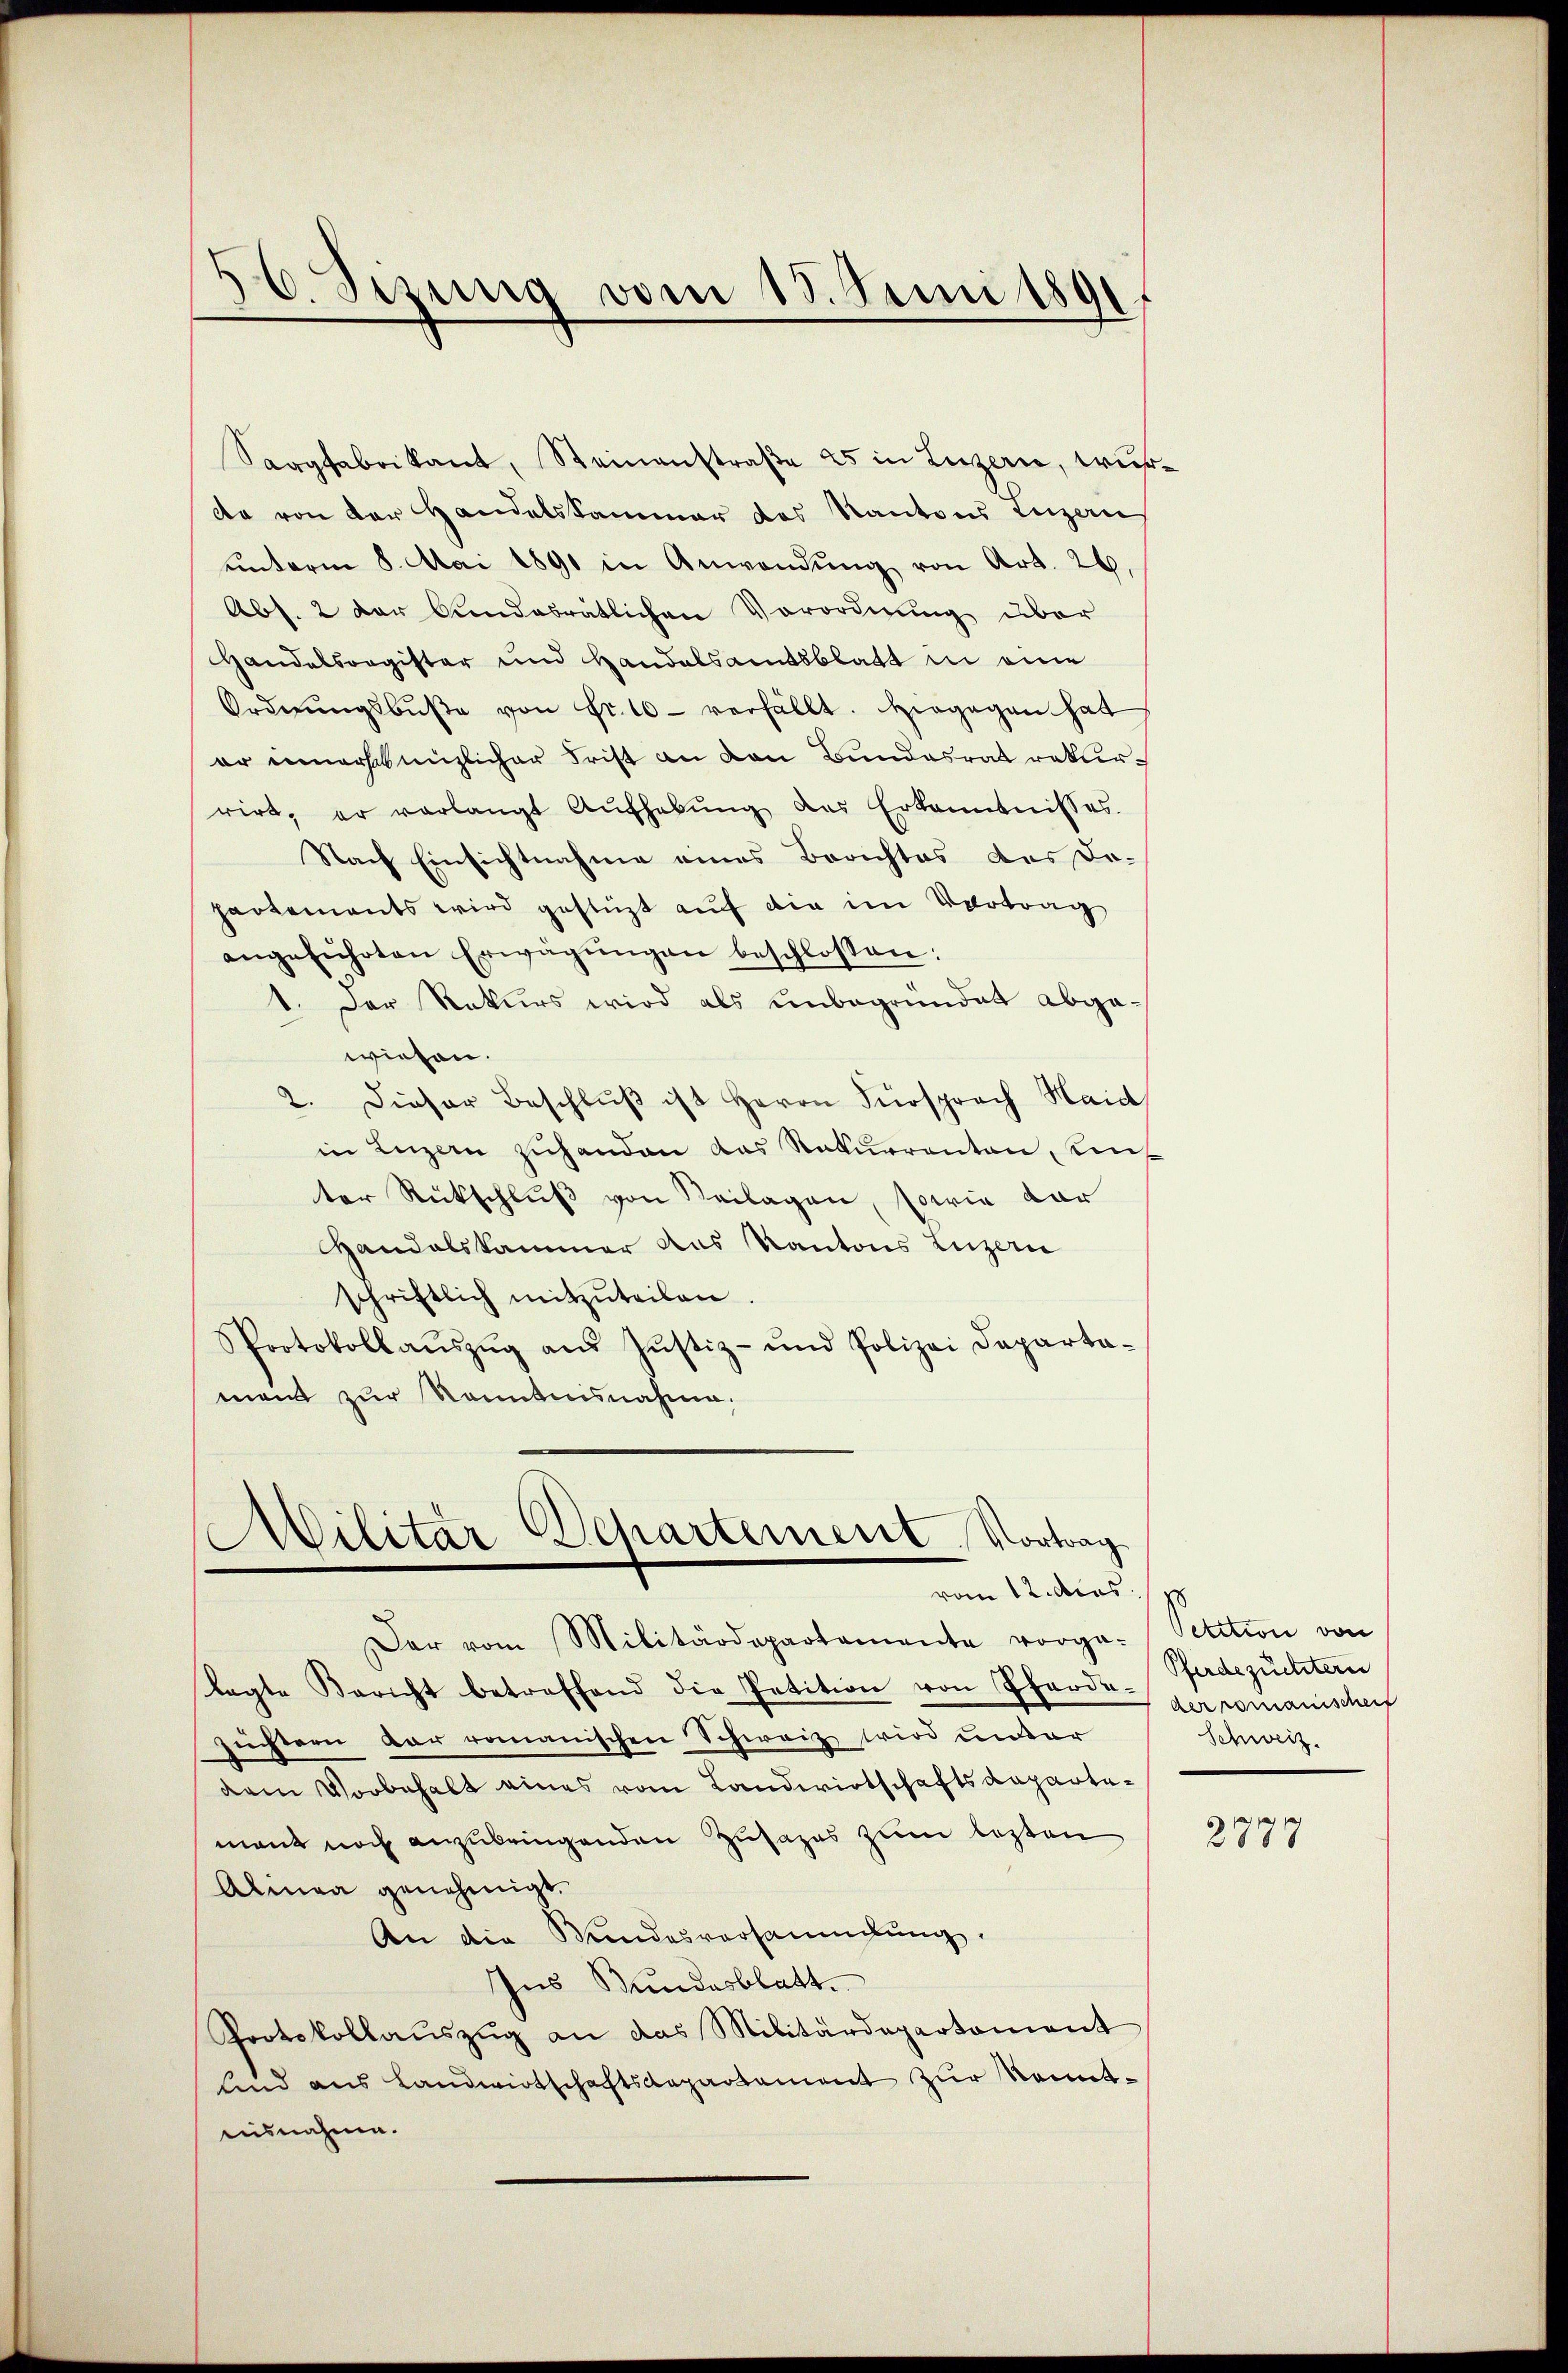
56. Sizung vom 13. Juni 1891

Sorgfabrikant, Steinanstraße 25 in Luzern, wurde von der Handelskammer des Kantons Luzern
ŭnterm 8. Mai 1891 in Anwendŭng von Art. 26.
Abs. 2 der Bundesrätlichen Vorordnung über
Handelsorgister und Handelsamtsblatt in eine
Ordnŭngsbŭβe von Fr. 10 - verfällt. Hiegegen hat
er innerschenzlicher Frist an den Bundesrat rekurrirt, er verlangt Aŭfhebŭng des Erkenntnisses.
Nach Einsichtnahme eines Berichtes des De-
partements wird gestüzt auf die im Vertrag
angeführten Erwägŭngen beschlossen:
1. Der Rekurs wird als unbegründet abgewiesen.
2. Dieser Beschlŭβ ist Herrn Fürsprach Haid
in Luzern zuhanden das Rekurrenten, uns
ter Rückschlŭβ von Beilagen, sowie dar
Handelskammer das Kantons Luzern
schriftlich mitzŭteilen.
Protokollaŭszŭg aŭs Jŭstiz- und Polizei Departa-
ment zur Kenntnisnahme.

Militar Departement, Vortrag
vom 12. dies

Der vom Militärdepartamente vorga-
lagte Bericht betreffend die Petition von Pfarde-Gardezüchtern
züchtern der romanischen Schweiz wird undar
dem Vorbehalt eines vom Landwirtschaftsdepartemant noch anzubringenden Zusages zum lezten
Alinea genehmigt.
An die Wundesversammlung.
Ins Bundesblatt.
Protokollaŭszŭg an das Militärdepartement
sind aus Landwirtschaftsdepartament zur Kenntausnahme.

Petition von
der romanischen
Schweiz.

2779